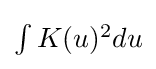
\textstyle \int K(u)^{2}du